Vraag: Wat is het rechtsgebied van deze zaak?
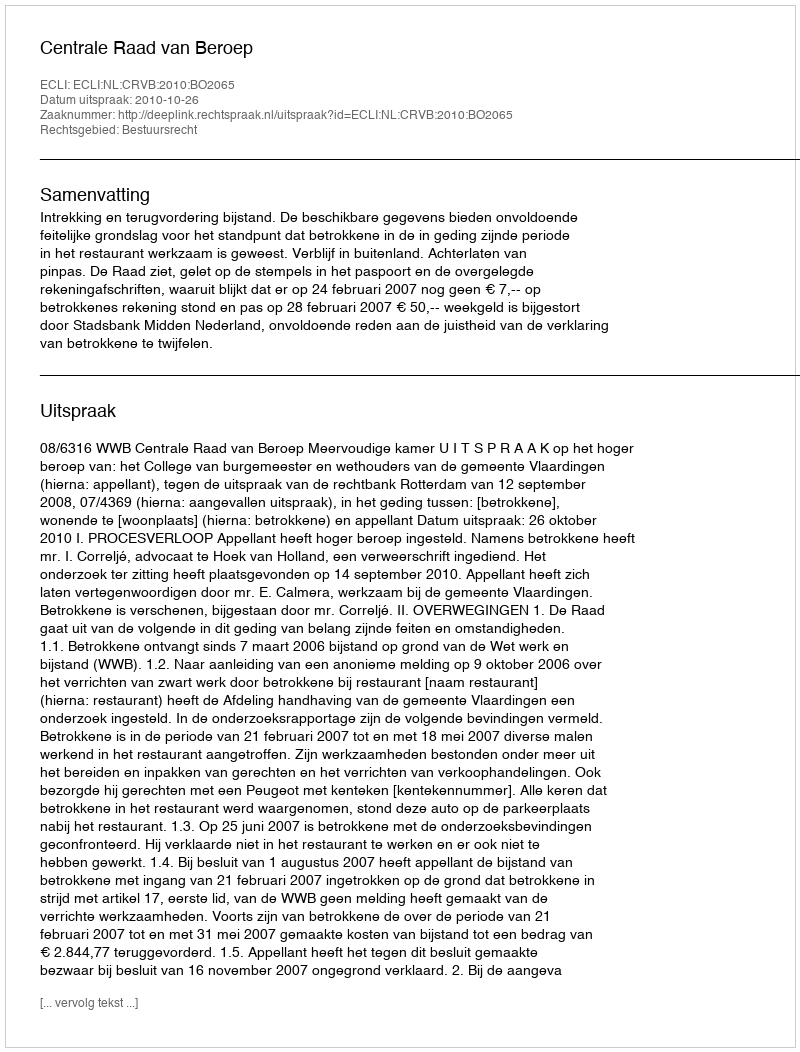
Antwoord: Bestuursrecht